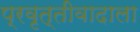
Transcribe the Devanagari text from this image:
प्रवृत्तीवादाला